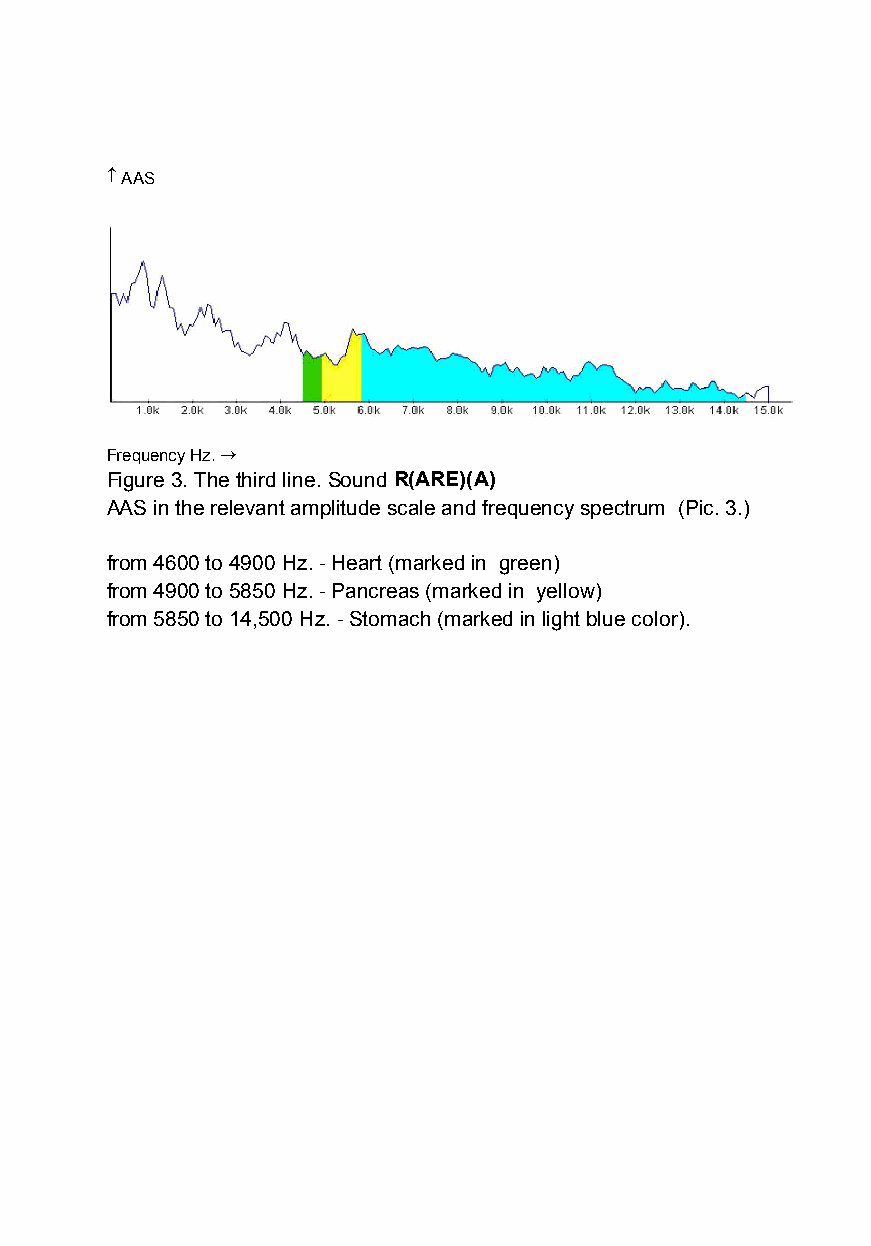
 AAS
 Frequency Hz.
 Figure 3. The third line.SoundR(ARE)(A)
 AAS in the relevant amplitude scale and frequency spectrum (Pic. 3.)
 from 4600 to 4900 Hz.- Heart (marked in green)
 from 4900 to 5850 Hz.- Pancreas (marked in yellow)
 from 5850 to 14,500 Hz.- Stomach (marked in light blue color).